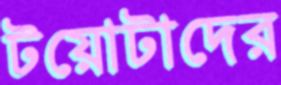
টয়োটাদের